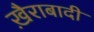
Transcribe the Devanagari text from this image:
ख़ैराबादी